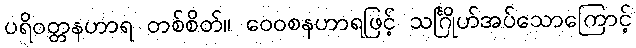
ပရိဝတ္တနဟာရ တစ်စိတ်။ ဝေဝစနဟာရဖြင့် သင်္ဂြိုဟ်အပ်သောကြောင့်